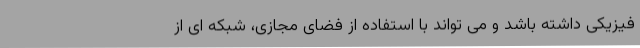
فیزیکی داشته باشد و می تواند با استفاده از فضای مجازی، شبکه ای از